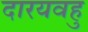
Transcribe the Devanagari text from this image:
दारयवहु